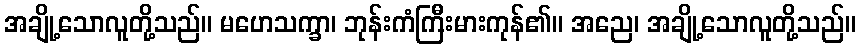
အချို့သောလူတို့သည်။ မဟေသက္ခာ၊ ဘုန်းကံကြီးမားကုန်၏။ အညေ၊ အချို့သောလူတို့သည်။